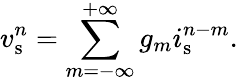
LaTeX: v_{\mathrm{s}}^{n}=\sum_{m=-\infty}^{+\infty}g_{m}i_{\mathrm{s}}^{n-m}.